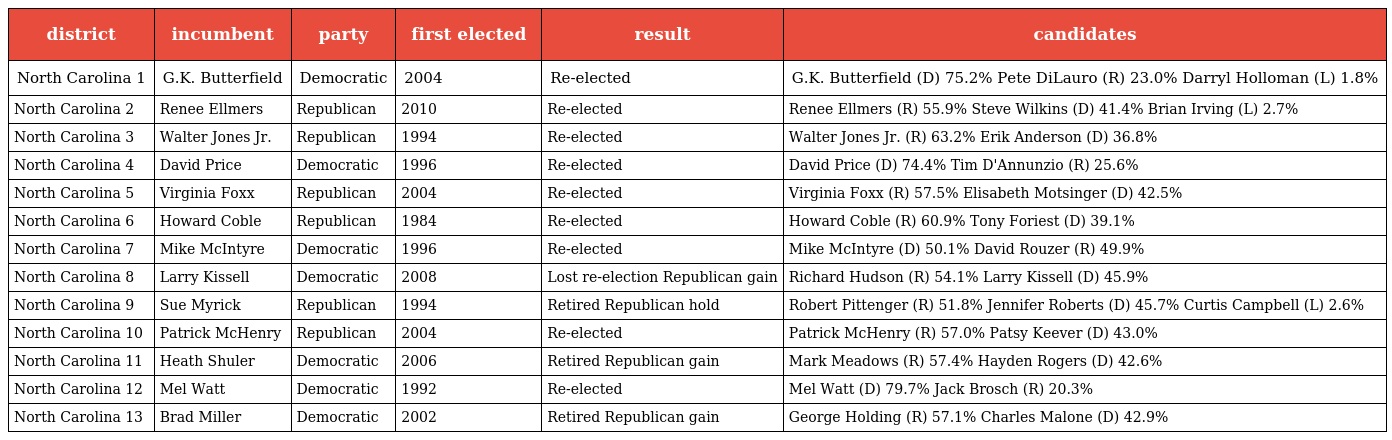
| district | incumbent | party | first elected | result | candidates |
 | --- | --- | --- | --- | --- | --- |
 | North Carolina 1 | G.K. Butterfield | Democratic | 2004 | Re-elected | G.K. Butterfield (D) 75.2% Pete DiLauro (R) 23.0% Darryl Holloman (L) 1.8% |
 | North Carolina 2 | Renee Ellmers | Republican | 2010 | Re-elected | Renee Ellmers (R) 55.9% Steve Wilkins (D) 41.4% Brian Irving (L) 2.7% |
 | North Carolina 3 | Walter Jones Jr. | Republican | 1994 | Re-elected | Walter Jones Jr. (R) 63.2% Erik Anderson (D) 36.8% |
 | North Carolina 4 | David Price | Democratic | 1996 | Re-elected | David Price (D) 74.4% Tim D'Annunzio (R) 25.6% |
 | North Carolina 5 | Virginia Foxx | Republican | 2004 | Re-elected | Virginia Foxx (R) 57.5% Elisabeth Motsinger (D) 42.5% |
 | North Carolina 6 | Howard Coble | Republican | 1984 | Re-elected | Howard Coble (R) 60.9% Tony Foriest (D) 39.1% |
 | North Carolina 7 | Mike McIntyre | Democratic | 1996 | Re-elected | Mike McIntyre (D) 50.1% David Rouzer (R) 49.9% |
 | North Carolina 8 | Larry Kissell | Democratic | 2008 | Lost re-election Republican gain | Richard Hudson (R) 54.1% Larry Kissell (D) 45.9% |
 | North Carolina 9 | Sue Myrick | Republican | 1994 | Retired Republican hold | Robert Pittenger (R) 51.8% Jennifer Roberts (D) 45.7% Curtis Campbell (L) 2.6% |
 | North Carolina 10 | Patrick McHenry | Republican | 2004 | Re-elected | Patrick McHenry (R) 57.0% Patsy Keever (D) 43.0% |
 | North Carolina 11 | Heath Shuler | Democratic | 2006 | Retired Republican gain | Mark Meadows (R) 57.4% Hayden Rogers (D) 42.6% |
 | North Carolina 12 | Mel Watt | Democratic | 1992 | Re-elected | Mel Watt (D) 79.7% Jack Brosch (R) 20.3% |
 | North Carolina 13 | Brad Miller | Democratic | 2002 | Retired Republican gain | George Holding (R) 57.1% Charles Malone (D) 42.9% |